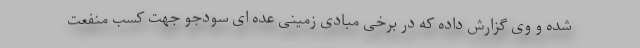
شده و وی گزارش داده که در برخی مبادی زمینی عده ای سودجو جهت کسب منفعت